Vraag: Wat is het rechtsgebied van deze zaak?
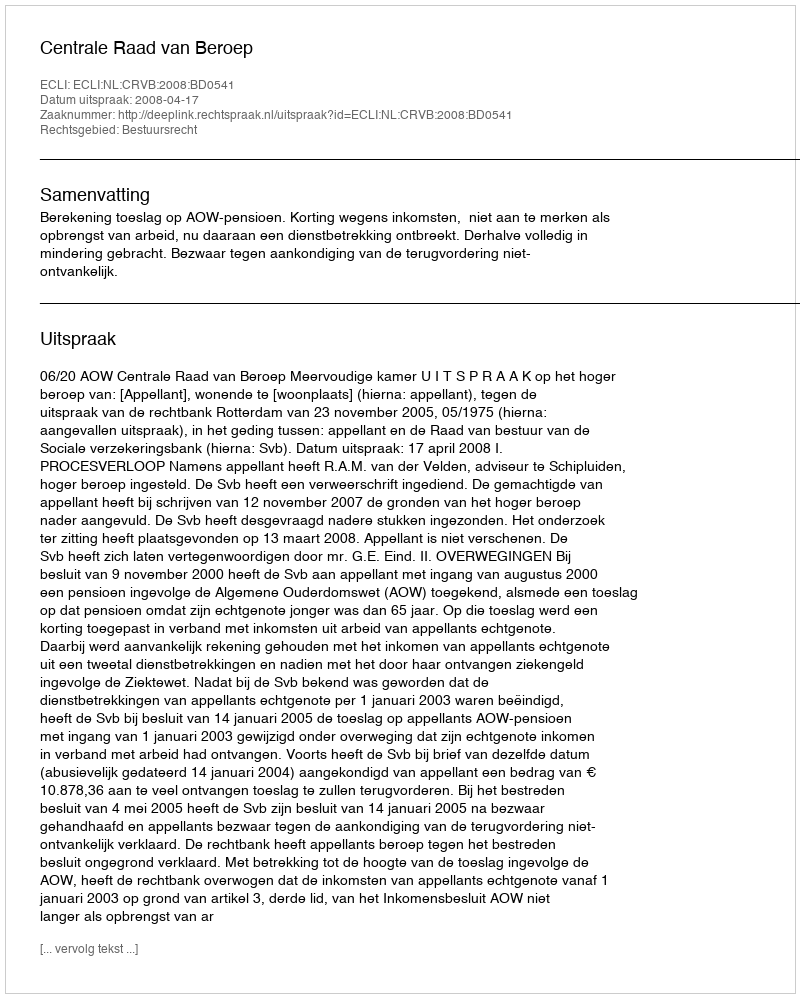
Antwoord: Bestuursrecht